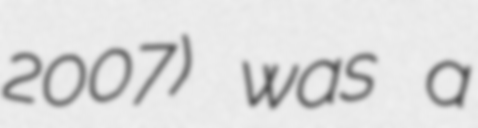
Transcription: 2007) was a